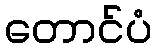
တောင်ပံ